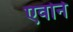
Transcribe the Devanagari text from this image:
एवोर्ने